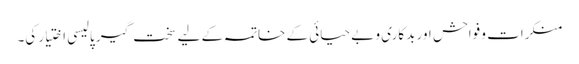
منکرات و فواحش اور بدکاری و بے حیائی کے خاتمہ کے لیے سخت گیر پالیسی اختیار کی۔